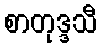
စာတုဒ္ဒသီ